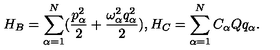
H _ { B } = \sum _ { \alpha = 1 } ^ { N } ( \frac { p _ { \alpha } ^ { 2 } } { 2 } + \frac { \omega _ { \alpha } ^ { 2 } q _ { \alpha } ^ { 2 } } { 2 } ) , H _ { C } = \sum _ { \alpha = 1 } ^ { N } C _ { \alpha } Q q _ { \alpha } .